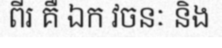
ពីរ គឺ ឯក វចនៈ និង